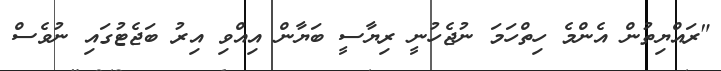
"ރައްޔިތުން އެންމެ ހިތްހަމަ ނުޖެހުނީ ރިޔާސީ ބަޔާން އިއްވި އިރު ބަޖެޓުގައި ނުވެސް